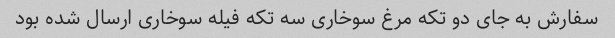
سفارش به جای دو تکه مرغ سوخاری سه تکه فیله سوخاری ارسال شده بود